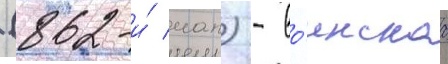
(862-и́ иап) - во́инскаа